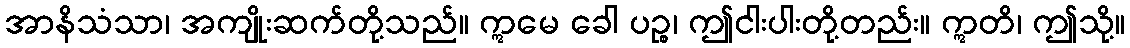
အာနိသံသာ၊ အကျိုးဆက်တို့သည်။ ဣမေ ခေါ ပဉ္စ၊ ဤငါးပါးတို့တည်း။ ဣတိ၊ ဤသို့။